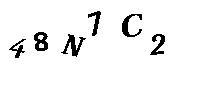
48N1C2